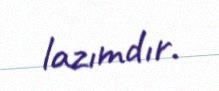
lazımdır.